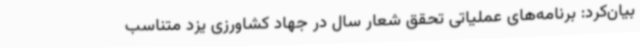
بیان‌کرد: برنامه‌های عملیاتی تحقق شعار سال در جهاد کشاورزی یزد متناسب